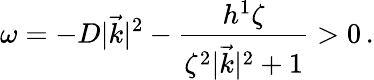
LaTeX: \omega=-D|\vec{k}|^{2}-\frac{h^{1}\zeta}{\zeta^{2}|\vec{k}|^{2}+1}>0\, .